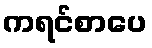
ကရင်စာပေ